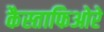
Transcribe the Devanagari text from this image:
कैस्ताफिओरे